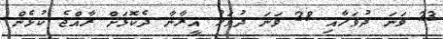
23 ވަނަ ދުވަހާއި 28 ވަނަ ދުވަހު އީރާނާ ދެކޮޅަށް ރާއްޖެ ކުޅެން